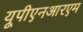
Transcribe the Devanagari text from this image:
यूपीएनआरएम